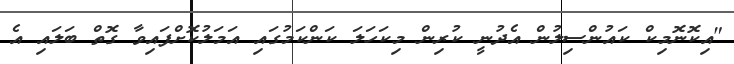
"އިކޮނޮމިކް ކައުންސިލުން އެދުނީ ކުރިން މިކަހަލަ ކަންކަމުގައި އަމަލުކޮށްފައިވާ ގޮތް ބަލައި އެ